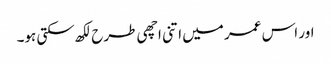
اور اس عمر میں اتنی اچھی طرح لکھ سکتی ہو۔